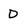
Character: D